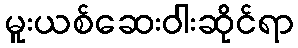
မူးယစ်ဆေးဝါးဆိုင်ရာ